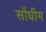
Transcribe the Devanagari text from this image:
सोंधीम